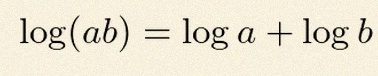
\log(ab)=\log a+\log b